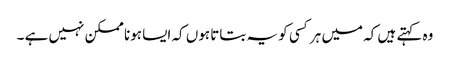
وہ کہتے ہیں کہ میں ہر کسی کو یہ بتاتا ہوں کہ ایسا ہونا ممکن نہیں ہے ۔